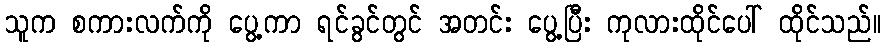
သူက စကားလက်ကို ပွေ့ကာ ရင်ခွင်တွင် အတင်း ပွေ့ပြီး ကုလားထိုင်ပေါ် ထိုင်သည်။